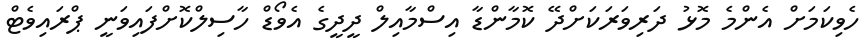
ހެވިކަމަށް އެންމެ މޮޅު ދަރިވަރަކަށްދޭ ކޮމާންޑާ އިސްމާއިލް ދީދީގެ އެވޯޑް ހާސިލްކޮށްފައިވަނީ ޕްރައިވެޓް